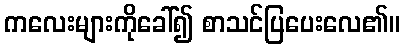
ကလေးများကိုခေါ်၍ စာသင်ပြပေးလေ၏။